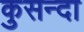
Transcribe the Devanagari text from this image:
कुसन्दा